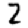
Digit: 2